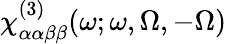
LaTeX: \chi_{\alpha\alpha\beta\beta}^{(3)}(\omega;\omega,\Omega,-\Omega)